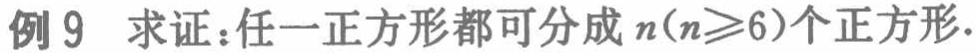
例 9  求证：任一正方形都可分成 \(n(n\geqslant6)\)个正方形.